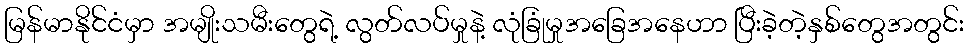
မြန်မာနိုင်ငံမှာ အမျိုးသမီးတွေရဲ့ လွတ်လပ်မှုနဲ့ လုံခြုံမှုအခြေအနေဟာ ပြီးခဲ့တဲ့နှစ်တွေအတွင်း